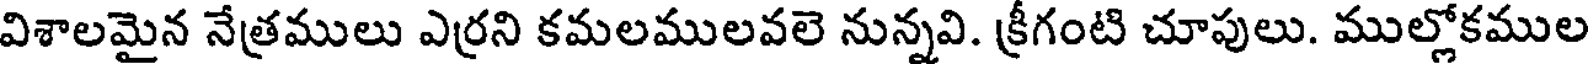
విశాలమైన నేత్రములు ఎర్రని కమలములవలె నున్నవి. క్రీగంటి చూపులు. ముల్లోకముల